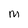
Character: M